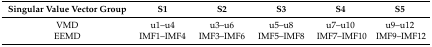
| Singular Value Vector Group | S1 | S2 | S3 | S4 | S5 |
 | --- | --- | --- | --- | --- | --- |
 | VMD | u1–u4 | u3–u6 | u5–u8 | u7–u10 | u9–u12 |
 | EEMD | IMF1–IMF4 | IMF3–IMF6 | IMF5–IMF8 | IMF7–IMF10 | IMF9–IMF12 |